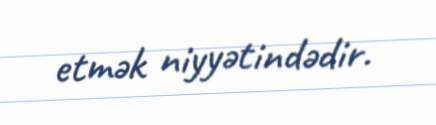
etmək niyyətindədir.